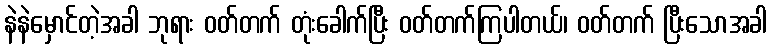
နဲနဲမှောင်တဲ့အခါ ဘုရား ဝတ်တက် တုံးခေါက်ပြီး ဝတ်တက်ကြပါတယ်၊ ဝတ်တက် ပြီးသောအခါ